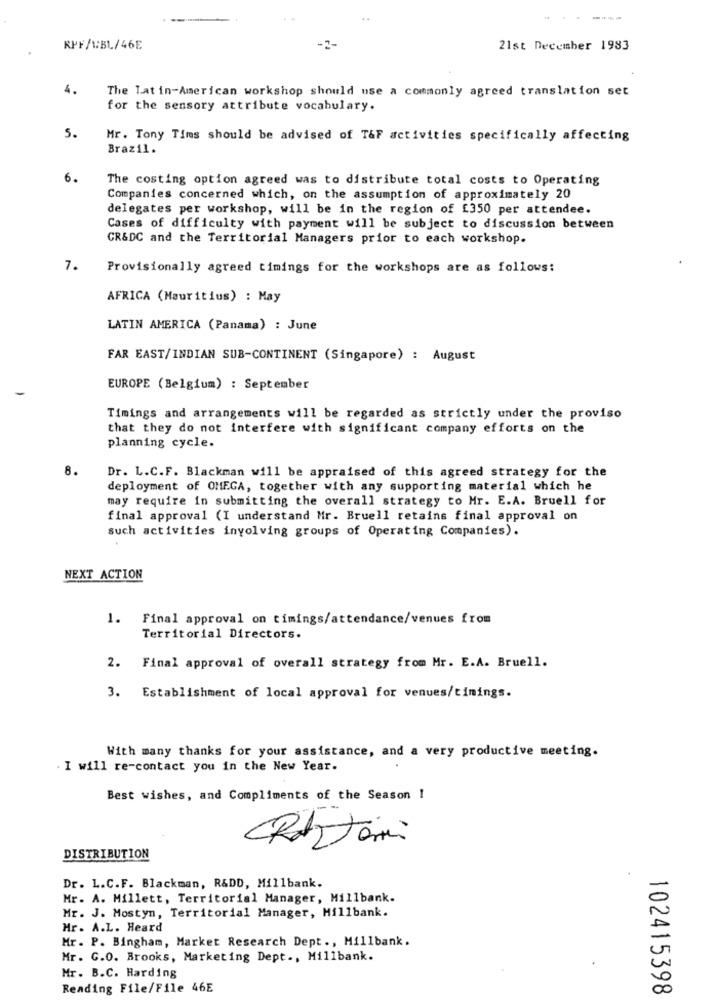
----
RPF/1:BL/46E
21st December 1983
4.
The Lat in-American workshop should use a commonly agreed translation set
for the sensory attribute vocabulary.
5.
Mr. Tony Times should be advised of T&F activities specifically affecting
Brazil.
6.
The costing option agreed was to distribute total costs to Operating
Companies concerned which, on the assumption of approximately 20
delegates per workshop, will be in the region of [350 per attendee.
Cases of difficulty with payment will be subject to discussion between
CR&DC and the Territorial Managers prior to each workshop.
7.
Provisionally agreed timings for the workshops are as follows:
AFRICA (Mauritius) : May
LATIN AMERICA (Panama) : June
FAR EAST/INDIAN SUB-CONTINENT (Singapore) : August
EUROPE (Belgium) : September
Timings and arrangements will be regarded as strictly under the proviso
that they do not interfere with significant company efforts on the
planning cycle.
8.
Dr. L.C.F. Blackman will be appraised of this agreed strategy for the
deployment of OMEGA, together with any supporting material which he
may require in submitting the overall strategy to Mr. E.A. Bruell for
final approval (I understand Mr. Bruell retains final approval on
such activities involving groups of Operating Companies).
NEXT ACTION
1. Final approval on timings/attendance/venues from
Territorial Directors.
2. Final approval of overall strategy from Mr. E.A. Bruell.
3. Establishment of local approval for venues/timings.
With many thanks for your assistance, and a very productive meeting.
. I will re-contact you in the New Year.
Best wishes, and Compliments of the Season !
CRAItoi
DISTRIBUTION
Dr. L.C.F. Blackman, R&DD, Millbank.
Mr. A. Millett, Territorial Manager, Millbank.
Mr. J. Mostyn, Territorial Manager, Millbank.
Hr. A.L. Heard
Mr. P. Bingham, Market Research Dept ., Millbank.
Mr. G.O. Brooks, Marketing Dept ., Millbank.
Mr. B.C. Harding
Reading File/File 46E
102415398